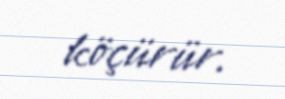
köçürür.